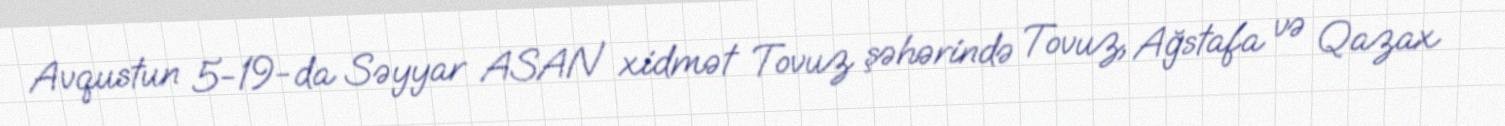
Avqustun 5-19-da Səyyar ASAN xidmət Tovuz şəhərində Tovuz, Ağstafa və Qazax